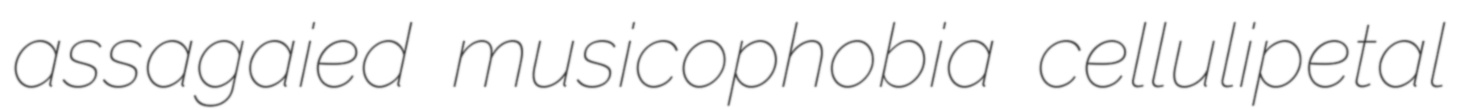
assagaied musicophobia cellulipetal